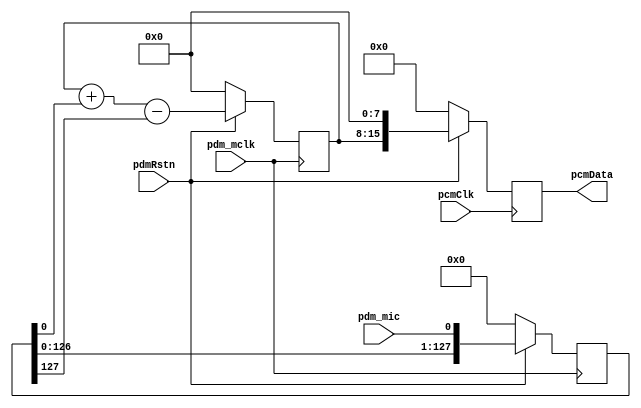
`timescale 1ns / 1ps
//////////////////////////////////////////////////////////////////////////////////
// Module: pdm_demodulator
//
// Copyright @ 2017 RealDigital.org
//
// History:
//   11/12/17: Created
//
// Description:
//   PDM signal is downsampled by a factor of 64 to generate 48KHz PCM audio signal.
//   A anti-aliasing CIC filter will be needed to get better audio performance.
//
// License: BSD 3-Clause
//
// Redistribution and use in source and binary forms, with or without 
// modification, are permitted provided that the following conditions are met:
//
// 1. Redistributions of source code must retain the above copyright notice, this 
//    list of conditions and the following disclaimer.
//
// 2. Redistributions in binary form must reproduce the above copyright notice, 
//    this list of conditions and the following disclaimer in the documentation 
//    and/or other materials provided with the distribution.
//
// 3. Neither the name of the copyright holder nor the names of its contributors 
//    may be used to endorse or promote products derived from this software 
//    without specific prior written permission.
//
// THIS SOFTWARE IS PROVIDED BY THE COPYRIGHT HOLDERS AND CONTRIBUTORS "AS IS" AND
// ANY EXPRESS OR IMPLIED WARRANTIES, INCLUDING, BUT NOT LIMITED TO, THE IMPLIED 
// WARRANTIES OF MERCHANTABILITY AND FITNESS FOR A PARTICULAR PURPOSE ARE 
// DISCLAIMED. IN NO EVENT SHALL THE COPYRIGHT HOLDER OR CONTRIBUTORS BE LIABLE 
// FOR ANY DIRECT, INDIRECT, INCIDENTAL, SPECIAL, EXEMPLARY, OR CONSEQUENTIAL 
// DAMAGES (INCLUDING, BUT NOT LIMITED TO, PROCUREMENT OF SUBSTITUTE GOODS OR 
// SERVICES; LOSS OF USE, DATA, OR PROFITS; OR BUSINESS INTERRUPTION) HOWEVER 
// CAUSED AND ON ANY THEORY OF LIABILITY, WHETHER IN CONTRACT, STRICT LIABILITY, 
// OR TORT (INCLUDING NEGLIGENCE OR OTHERWISE) ARISING IN ANY WAY OUT OF THE USE 
// OF THIS SOFTWARE, EVEN IF ADVISED OF THE POSSIBILITY OF SUCH DAMAGE.
//
//////////////////////////////////////////////////////////////////////////////////

module pdm_demodulator(
	input pcmClk,
    input pdm_mclk,
    input pdmRstn,
	output reg [15:0] pcmData,
    input pdm_mic 
);

reg [127:0] pdmDataShiftReg = 128'd0;
reg [7:0] pdmAccVar = 8'h0;

always @ (posedge pdm_mclk)
begin
	if (pdmRstn == 1'b0)
		pdmAccVar <= 8'h0;
	else
		pdmAccVar <= pdmAccVar + pdmDataShiftReg[0] - pdmDataShiftReg[127];
end

always @ (posedge pdm_mclk)
begin
	if(pdmRstn == 1'b0)
		pdmDataShiftReg <= 128'h0;
	else
		pdmDataShiftReg <= {pdmDataShiftReg[126:0], pdm_mic};
end

always @ (posedge pcmClk)
begin
	if(pdmRstn == 1'b0)
		pcmData <= 16'h0;
	else
		pcmData <= {pdmAccVar, 8'h0};
end

endmodule